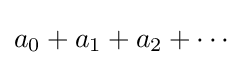
{\textstyle a_{0}+a_{1}+a_{2}+\cdots }